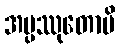
အပ္ပဿုတောပိ